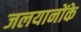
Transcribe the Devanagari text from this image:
जलयानोंके